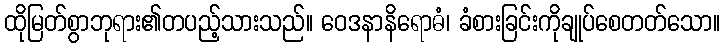
ထိုမြတ်စွာဘုရား၏တပည့်သားသည်။ ဝေဒနာနိရောဓံ၊ ခံစားခြင်းကိုချုပ်စေတတ်သော။